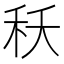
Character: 秗